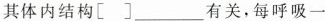
其体内结构[]___有关，每呼吸一